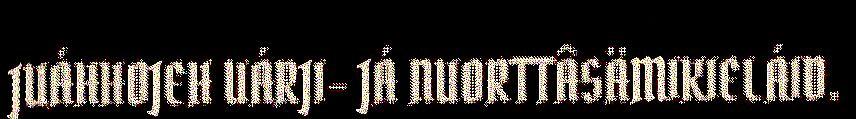
JUÁHHOJEH UÁRJI- JÁ NUORTTÂSÄMIKIELÁID.